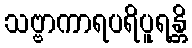
သဗ္ဗာကာရပရိပူရန္တိ